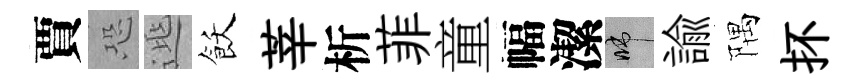
賈恐𨓱飫莘析菲童幅潔啼諭隅抔